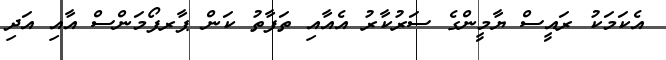
އެކަމަކު ރައީސް ޔާމީންގެ ސަރުކާރު އެއާއި ތަފާތު ކަން ޕާރފޯމަންސް އާއި އަދި